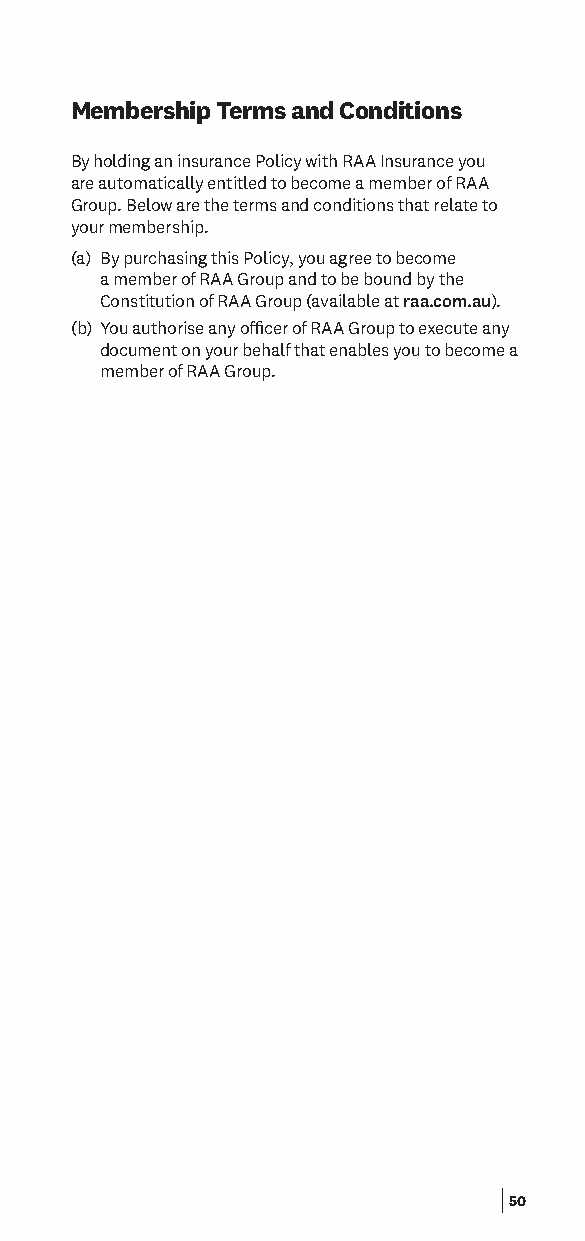
Membership Terms and Conditions
 By holding an insurance Policy with RAA Insurance you
 are automatically entitled to become a member of RAA
 Group. Below are the terms and conditions that relate to
 your membership.
 (a) By purchasing this Policy, you agree to become
 a member of RAA Group and to be bound by the
 Constitution of RAA Group (available at raa.com.au).
 (b) You authorise any ofcer of RAA Group to execute any
 document on your behalf that enables you to become a
 member of RAA Group.
 50